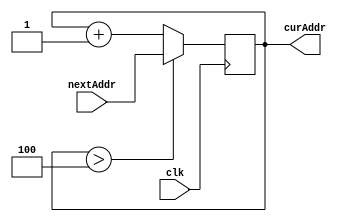
`timescale 1ns/1ps
module PC(
    input clk,
    input[29:0] nextAddr,
    output reg[29:0] curAddr
);
    initial begin
        curAddr <= 0;
    end
    always @(negedge clk) begin
        if(curAddr > 4)begin
            curAddr = nextAddr;
        end
        else begin
            curAddr = curAddr + 1;
        end
        #20 $display("PC: %d", curAddr);
    end
endmodule